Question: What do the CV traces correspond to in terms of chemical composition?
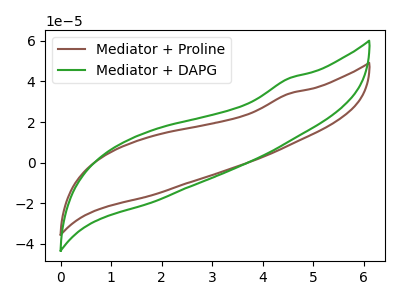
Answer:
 <answer>The brown curve is labeled "Mediator + Proline". The green curve is labeled "Mediator + DAPG".</answer>
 <eval></eval>